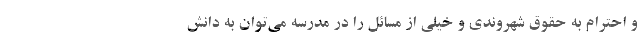
و احترام به حقوق شهروندی و خیلی از مسائل را در مدرسه می‌‌توان به دانش